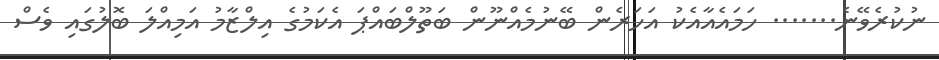
ނުކުރެވޭނެ....... ހަމައެއާއެކު އަހަރެން ބޭނުމެއްނޫން ބަތޫލްބައްޕަ އެކަމުގެ އިލްޒާމު އަމިއްލަ ބޮލުގައި ވެސް